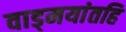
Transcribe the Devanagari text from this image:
वाड्मयांतहि